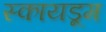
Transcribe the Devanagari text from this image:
स्कायडूम